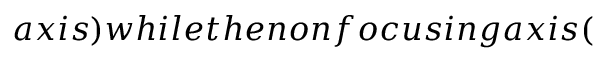
a x i s ) w h i l e t h e n o n f o c u s i n g a x i s (